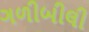
ગળીબીલી